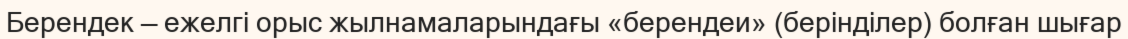
Берендек — ежелгі орыс жылнамаларындағы «берендеи» (берінділер) болған шығар